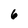
Character: 6